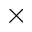
\times